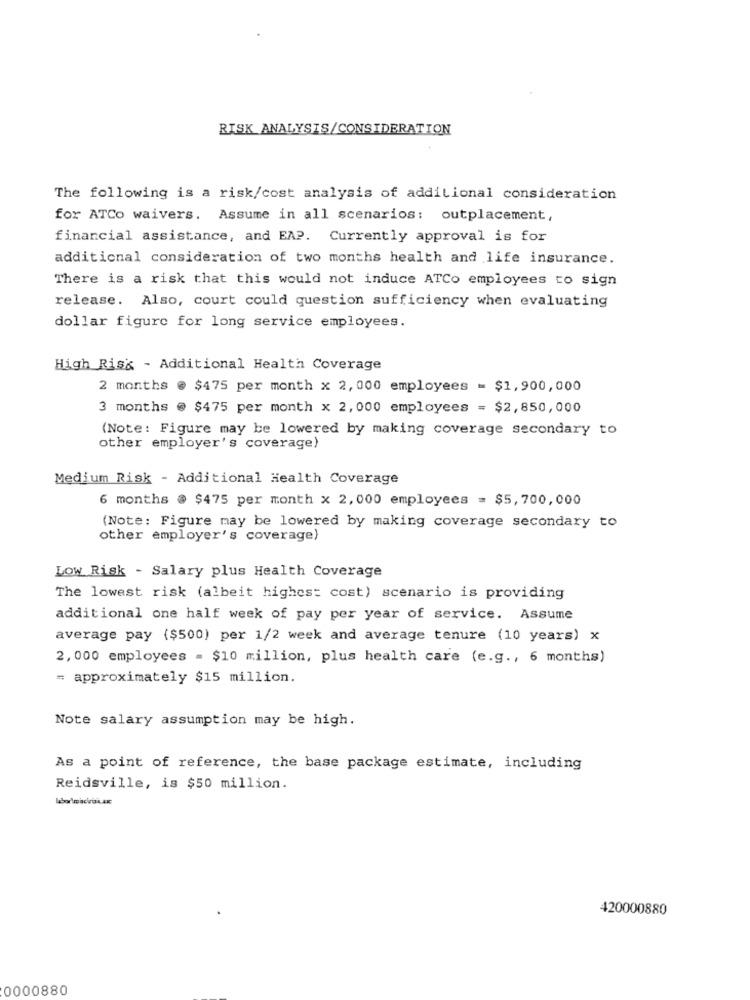
RISK ANALYSIS/CONSIDERATION
The following is a risk/cost analysis of additional consideration
for ATCo waivers. Assume in all scenarios: outplacement,
financial assistance, and EAP. Currently approval is for
additional consideration of two months health and life insurance.
There is a risk that this would not induce ATCo employees to sign
release. Also, court could question sufficiency when evaluating
dollar figure for long service employees.
High Risk - Additional Health Coverage
2 months @ $475 per month x 2, 000 employees = $1,900,000
3 months @ $475 per month x 2,000 employees = $2,850,000
(Note: Figure may be lowered by making coverage secondary to
other employer's coverage)
Medium Risk - Additional Health Coverage
6 months @ $475 per month x 2,000 employees = $5,700, 000
(Note: Figure may be lowered by making coverage secondary to
other employer's coverage)
Low Risk - Salary plus Health Coverage
The lowest risk (albeit highest cost) scenario is providing
additional one half week of pay per year of service. Assume
average pay ($500) per 1/2 week and average tenure (10 years) x
2, 000 employees = $10 million, plus health care (e.g ., 6 months)
= approximately $15 million.
Note salary assumption may be high.
As a point of reference, the base package estimate, including
Reidsville, is $50 million.
420000880
0000880